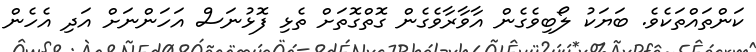
ކަންތައްތަކެވެ. ބަޔަކު ލޯބިވެގެން އާވާރާވެގެން ގޮތްގޮތަށް ތެޅި ފޮޅުނަސް އަހަންނަށް އަދި އެހެން